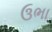
ઉભા